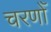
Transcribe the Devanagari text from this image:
चरणोँ